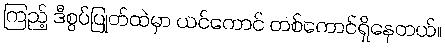
ကြည့် ဒီစွပ်ပြုတ်ထဲမှာ ယင်ကောင် တစ်ကောင်ရှိနေတယ်။